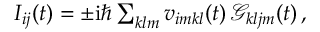
\begin{array} { r } { I _ { i j } ( t ) = \pm \mathrm { i } \hbar \sum _ { k l m } v _ { i m k l } ( t ) \, \mathcal { G } _ { k l j m } ( t ) \, , } \end{array}